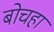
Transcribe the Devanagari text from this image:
बोचहा